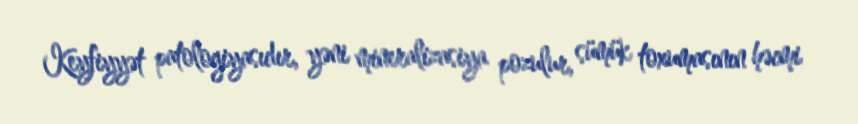
Keyfiyyət patologiyasıdır, yəni mineralizasiya pozulur, sümük toxumasının həcmi